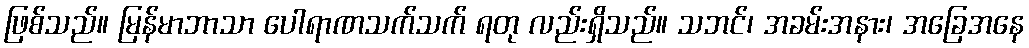
ဖြစ်သည်။ မြန်မာဘာသာ ပေါရာဏသက်သက် ရတု လည်းရှိသည်။ သဘင်၊ အခမ်းအနား၊ အခြေအနေ